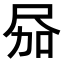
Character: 𪨎